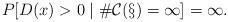
LaTeX: \begin{align*} P[D(x)>0\mid\#\cal{C}(x)=\infty]=1.\end{align*}